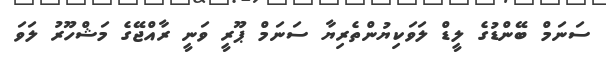
ސަނަމް ބޭންޑުގެ ލީޑް ލަވަކިޔުންތެރިޔާ ސަނަމް ޕޫރީ ވަނީ ރާއްޖޭގެ މަޝްހޫރު ލަވަ